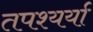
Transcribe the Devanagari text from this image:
तपश्यर्या